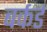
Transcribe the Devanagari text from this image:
बर्कर्ड